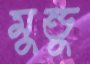
মুন্ডু